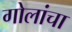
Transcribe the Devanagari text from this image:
गोलांचा